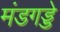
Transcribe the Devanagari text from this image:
मंडगड्डे